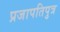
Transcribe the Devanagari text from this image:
प्रजापतिपुत्र